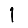
Digit: 1